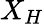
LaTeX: X_{H}